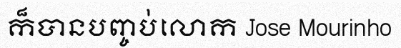
ក៏បានបញ្ចប់លោក Jose Mourinho